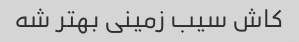
کاش سیب زمینی بهتر شه